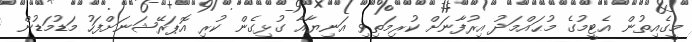
މީގެއިތުން އެޓީމުގެ މުޙައްމަދު އިރުފާނަށް ކުރިމަތިވި އަނިޔާއާ ގުޅިގެން ކުރި އޮޕަރޭޝަނަށްފަހު މަޑުމަޑުން